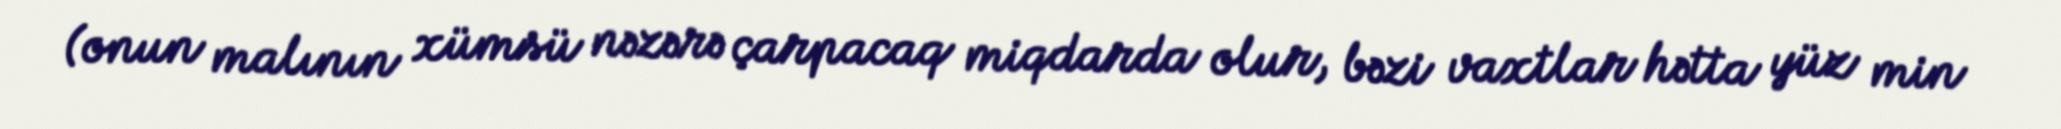
(onun malının xümsü nəzərə çarpacaq miqdarda olur, bəzi vaxtlar hətta yüz min